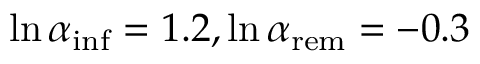
\ln { \alpha _ { \mathrm { i n f } } } = 1 . 2 , \ln { \alpha _ { \mathrm { r e m } } } = - 0 . 3